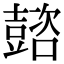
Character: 𡕆